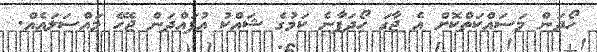
ހޯދަން މަސައްކަތްކޮށް އެ ޖާގަ ހޯދަފާނެ ކަމުގެ ޝައްކު އުފައްދަން ޖެހޭ މައްސަލައެއް.